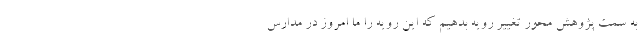
به سمت پژوهش محور تغییر رویه بدهیم که این رویه را ما امروز در مدارس